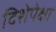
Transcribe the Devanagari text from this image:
दिशेपेक्षा